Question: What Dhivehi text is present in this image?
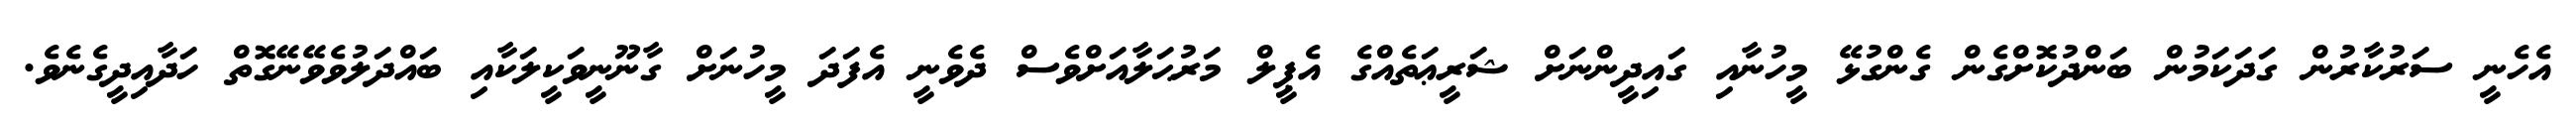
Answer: އެހެނީ ސަރުކާރުން ގަދަކަމުން ބަންދުކޮށްގެން ގެންގުޅޭ މީހުނާއި ގައިދީންނަށް ޝަރީޢަތެއްގެ އެޕީލް މަރުޙަލާއަށްވެސް ދެވެނީ އެފަދަ މީހުނަށް ގާނޫނީވަކީލަކާއި ބައްދަލުވެވޭނޭގޮތް ހަދާއިދީގެނެވެ.